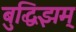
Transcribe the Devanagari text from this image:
बुद्धिझम्